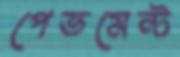
পেভমেন্ট